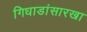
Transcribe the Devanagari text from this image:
गिधाडांसारखा